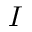
I